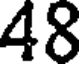
48